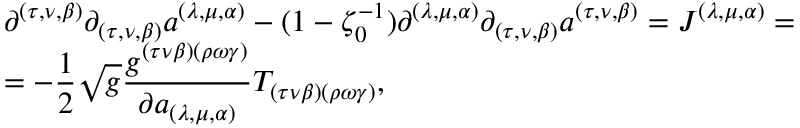
\begin{array} { l } { { \partial ^ { ( \tau , \nu , \beta ) } \partial _ { ( \tau , \nu , \beta ) } a ^ { ( \lambda , \mu , \alpha ) } - ( 1 - \zeta _ { 0 } ^ { - 1 } ) \partial ^ { ( \lambda , \mu , \alpha ) } \partial _ { ( \tau , \nu , \beta ) } a ^ { ( \tau , \nu , \beta ) } = J ^ { ( \lambda , \mu , \alpha ) } = } } \\ { { = - \displaystyle \frac { 1 } { 2 } \sqrt { g } \displaystyle \frac { g ^ { ( \tau \nu \beta ) ( \rho \omega \gamma ) } } { \partial a _ { ( \lambda , \mu , \alpha ) } } T _ { ( \tau \nu \beta ) ( \rho \omega \gamma ) } , } } \end{array}